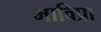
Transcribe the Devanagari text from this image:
भाविप्रा